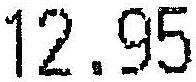
12.95